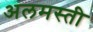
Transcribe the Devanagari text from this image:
अलमस्ती